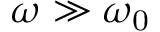
\omega \gg \omega _ { \mathrm { 0 } }